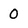
Character: 0